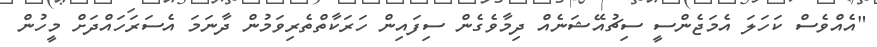
"އެއްވެސް ކަހަލަ އެމަޖެންސީ ސިޗުއޭޝަނެއް ދިމާވެގެން ސިފައިން ހަރަކާތްތެރިވަމުން ދާނަމަ އެސަރަހައްދަށް މީހުން